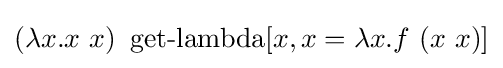
(\lambda x.x\ x)\ \operatorname {get-lambda} [x,x=\lambda x.f\ (x\ x)]